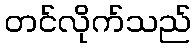
တင်လိုက်သည်